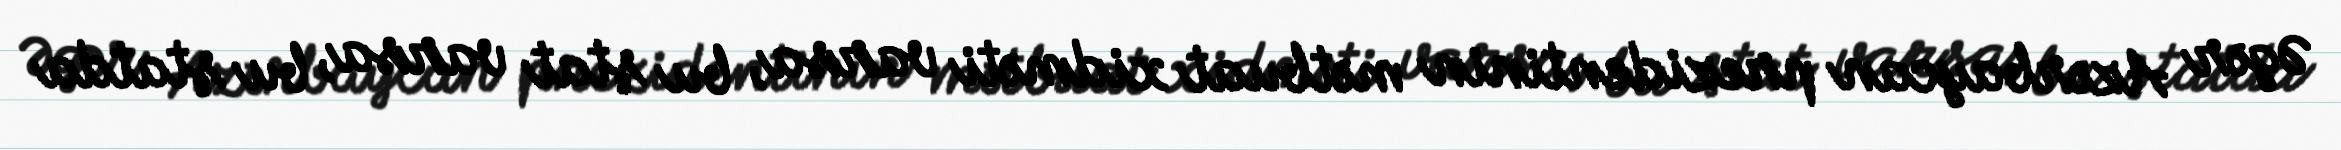
Əgər Azərbaycan prezidentinin mətbuat xidməti varsa, bu ştat varsa, bu ştatda